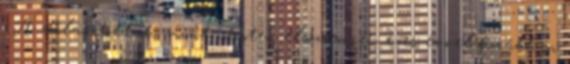
. A választottak, mint Isten elsőzsengéi, ezer évvel korábban